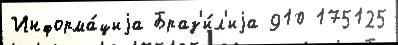
Информа́циjа Браз'и́л'иjа 910 175125